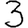
Digit: 3